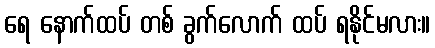
ရေ နောက်ထပ် တစ် ခွက်လောက် ထပ် ရနိုင်မလား။